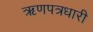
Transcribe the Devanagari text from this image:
ऋणपत्रधारी